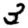
Digit: 3